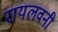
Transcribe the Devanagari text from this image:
रायलवनी